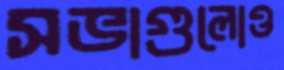
সভাগুলোও